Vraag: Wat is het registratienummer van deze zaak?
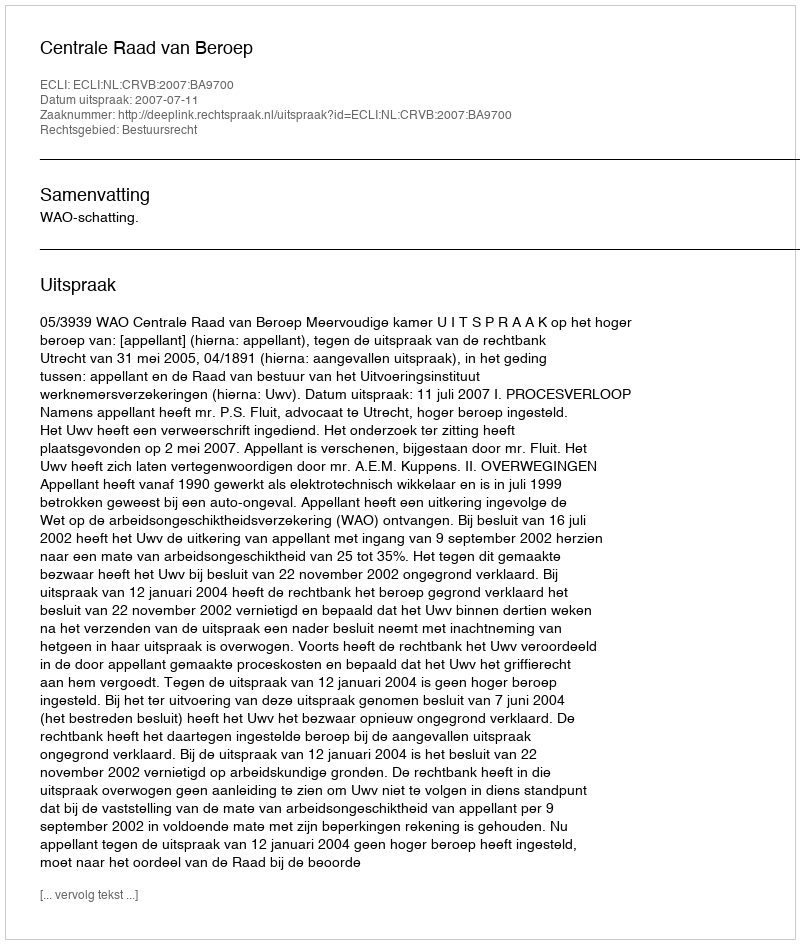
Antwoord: http://deeplink.rechtspraak.nl/uitspraak?id=ECLI:NL:CRVB:2007:BA9700